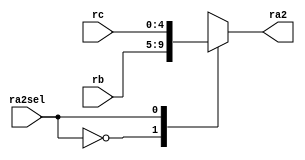
`timescale 1ns / 1ps
//////////////////////////////////////////////////////////////////////////////////
// Company: 
// Engineer: 
// 
// Design Name: 
// Module Name: ra2_sel
// Project Name: 
// Target Devices: 
// Tool Versions: 
// Description: 
// 
// Dependencies: 
// 
// Revision:
// Revision 0.01 - File Created
// Additional Comments:
// 
//////////////////////////////////////////////////////////////////////////////////


module ra2_sel(ra2,rb,rc,ra2sel);
output reg [4:0] ra2;
input [4:0] rb;
input [4:0] rc;
input ra2sel;

always @ (ra2sel,rb,rc)
case(ra2sel)
1'b0: ra2<=rb;
1'b1: ra2<=rc;
endcase
    
endmodule